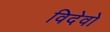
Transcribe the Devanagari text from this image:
विदेवो